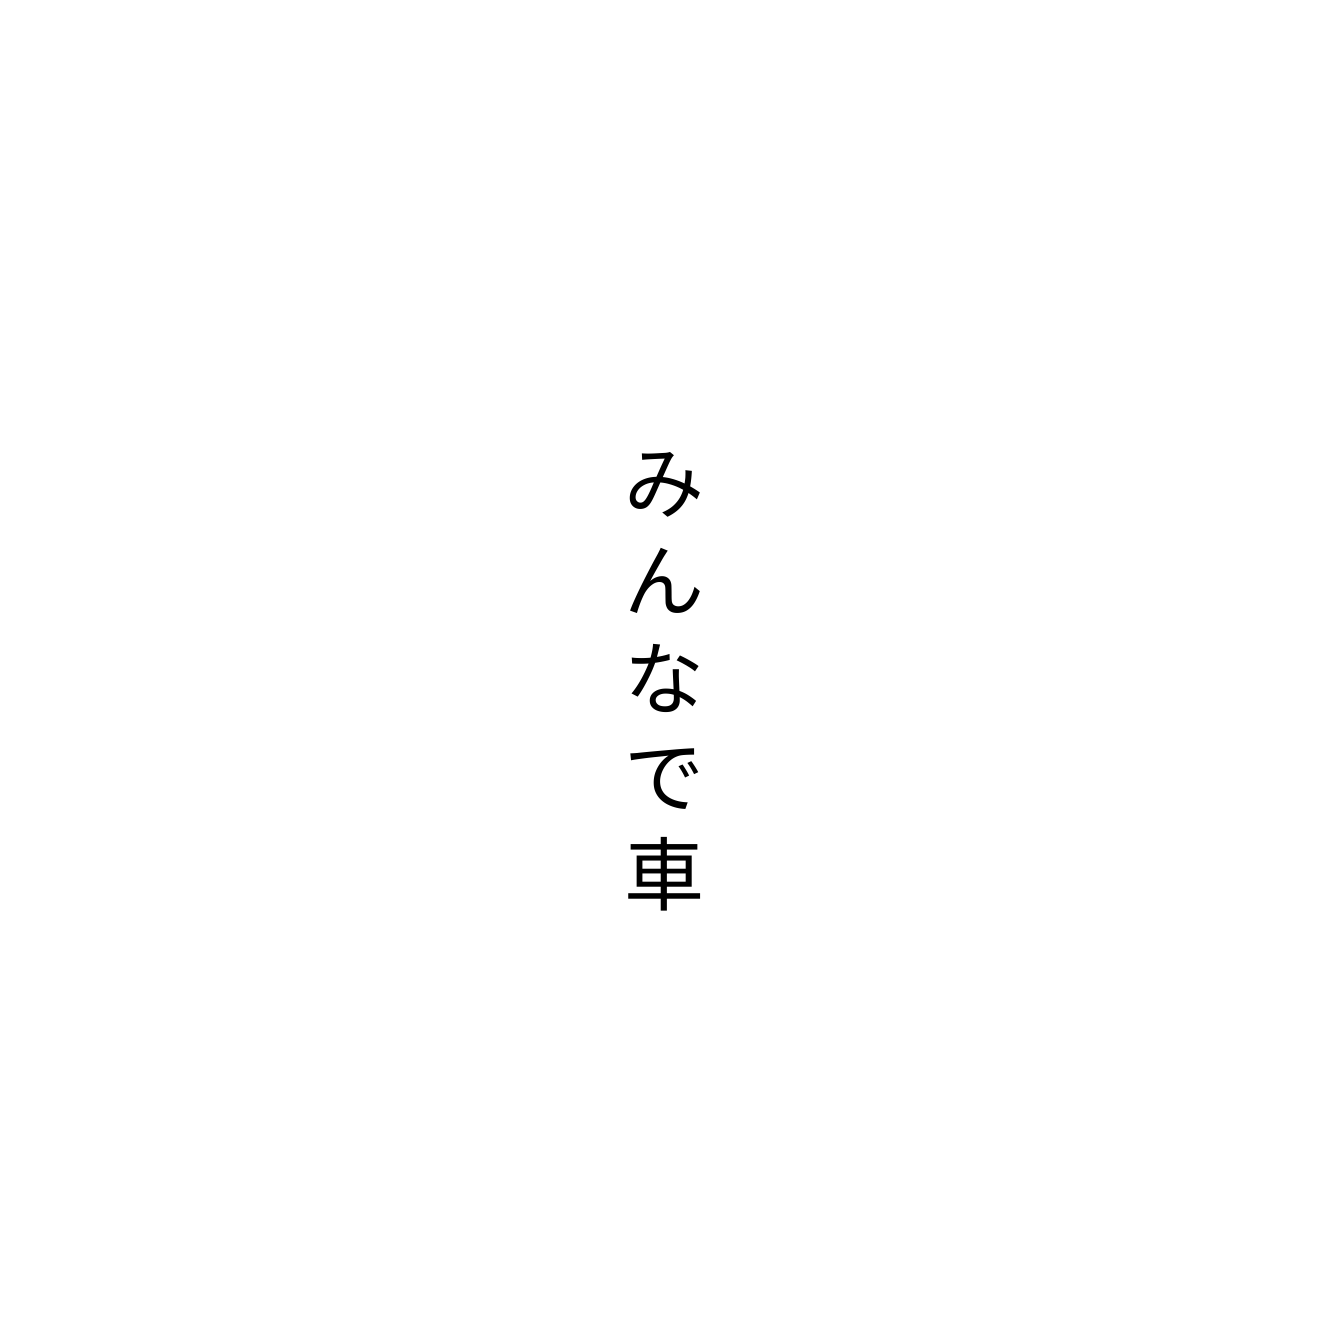
みんなで車